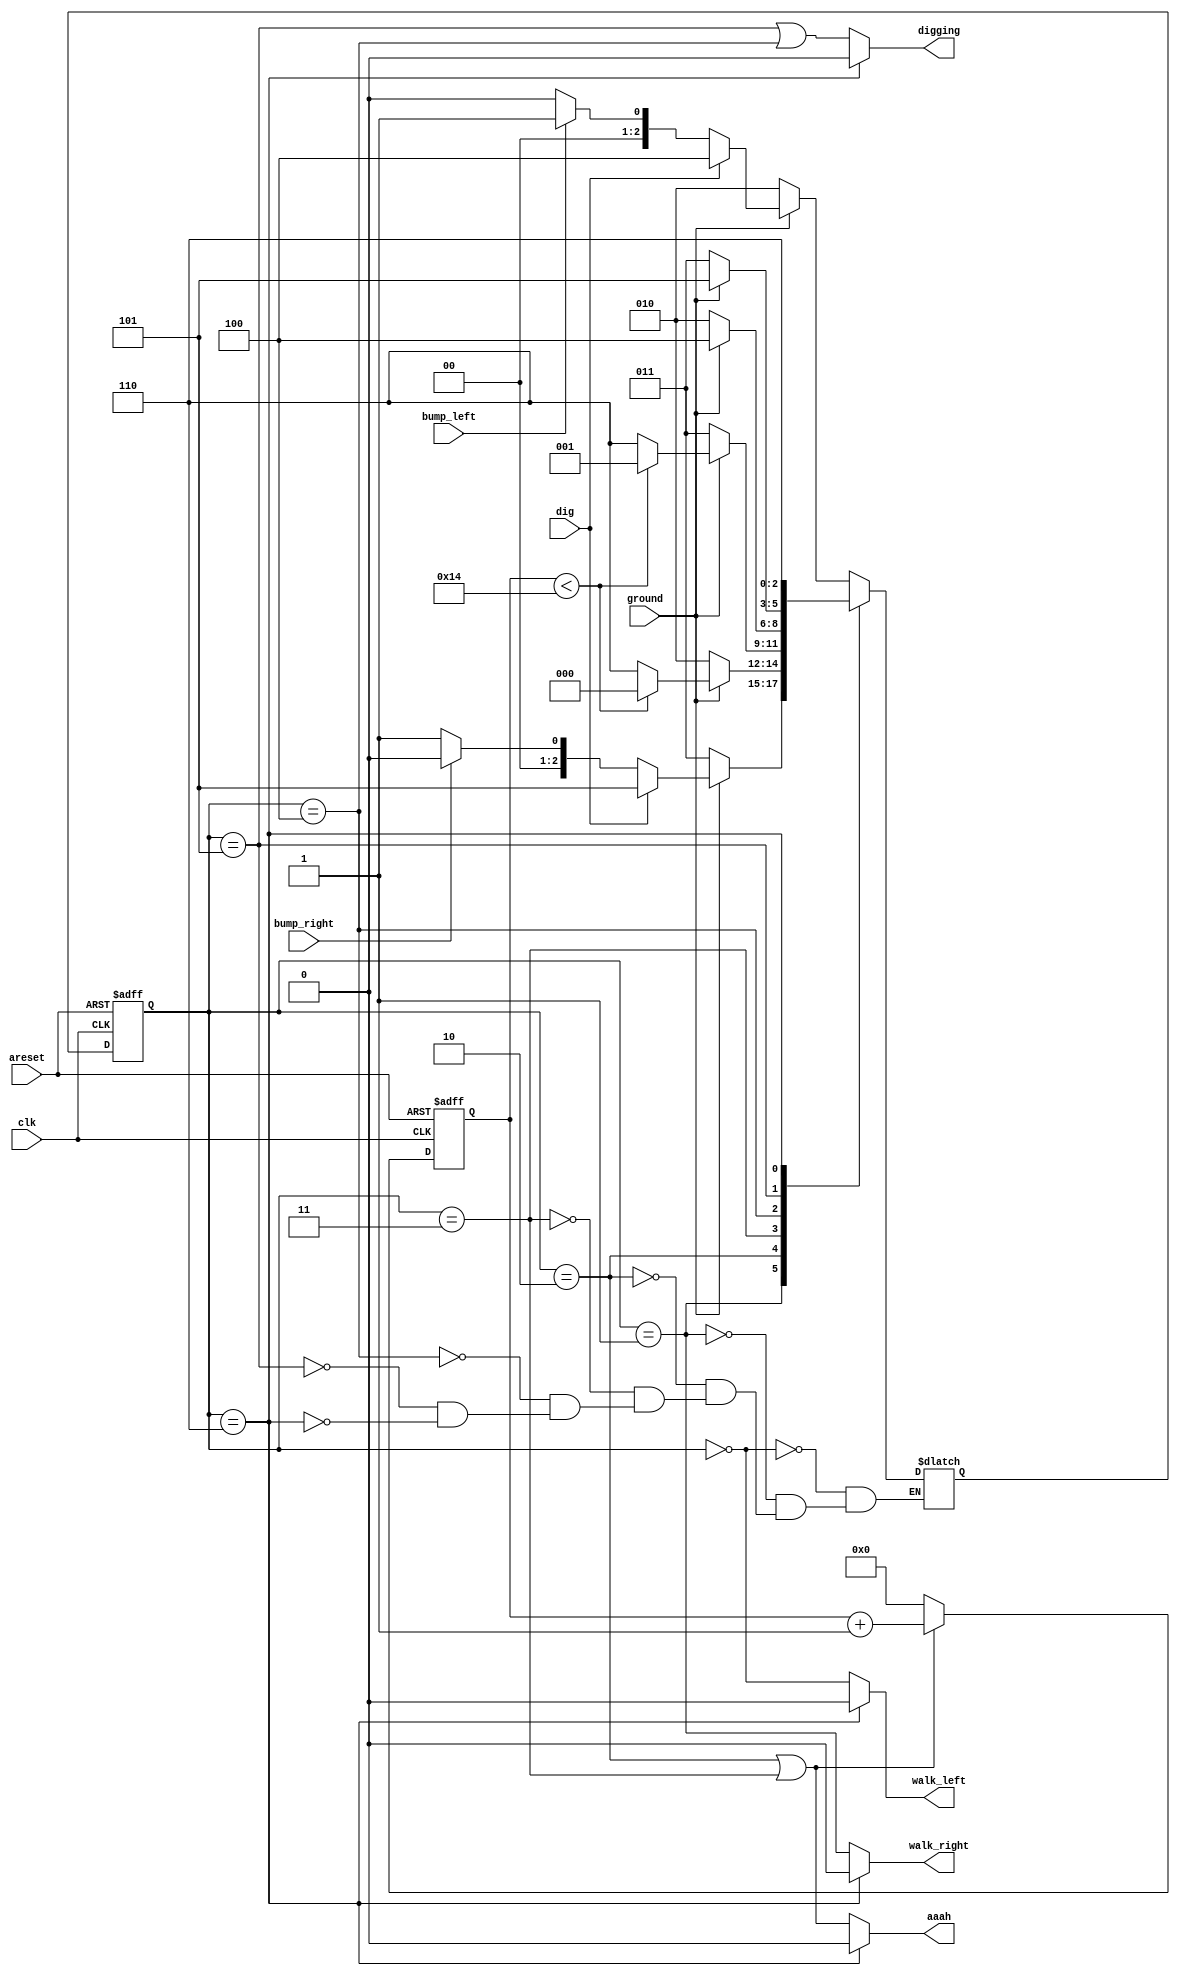
module top_module(
    input clk,
    input areset,    // Freshly brainwashed Lemmings walk left.
    input bump_left,
    input bump_right,
    input ground,
    input dig,
    output walk_left,
    output walk_right,
    output aaah,
    output digging );
    
    parameter L=0, R=1, LF=2, RF=3, LD=4, RD=5, oops=6;
    reg [2:0] ps, ns;
    reg [9:0] cnt;

    always @(*) begin
        // State transition logic
        case(ps)
            L: ns = ground ? (dig ? LD : (bump_left ? R : L)) : LF;
            R: ns = ground ? (dig ? RD : (bump_right ? L : R)) : RF;
            LF: ns = ground ? (cnt<20 ? L : oops) : LF;
            RF: ns = ground ? (cnt<20 ? R : oops) : RF;
            LD: ns = ground ? LD : LF;
            RD: ns = ground ? RD : RF;
        	oops: ns = oops;
        endcase
    end
    
    always @(posedge clk, posedge areset) begin
        if (areset)
            cnt <= 0;
        else begin
            if (ps==LF|ps==RF)
            	cnt <= cnt+1;
        	else
            	cnt <= 0;
        end
    end
    
    always @(posedge clk, posedge areset) begin
        // State flip-flops with asynchronous reset
        if (areset)
        	ps <= L;
        else
            ps = ns;
    end

    // Output logic
    assign walk_left = (ps==oops) ? 0 : ps==L;
    assign walk_right = (ps==oops) ? 0 : ps==R;
    assign aaah = (ps==oops) ? 0 : ps==RF|ps==LF;
    assign digging = (ps==oops) ? 0 : ps==RD|ps==LD;

endmodule